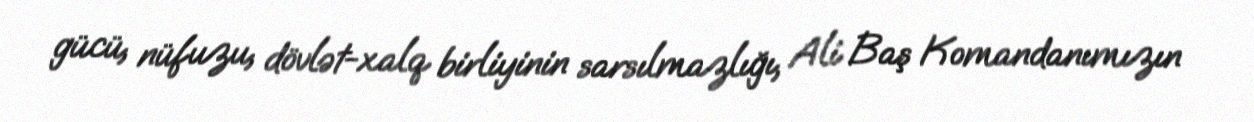
gücü, nüfuzu, dövlət-xalq birliyinin sarsılmazlığı, Ali Baş Komandanımızın